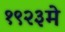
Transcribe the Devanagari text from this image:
१९२३मे